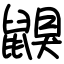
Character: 鼳